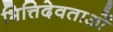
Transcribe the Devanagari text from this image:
भित्तिदेवताओं